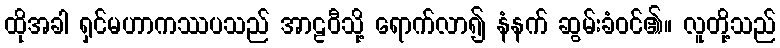
ထိုအခါ ရှင်မဟာကဿပသည် အာဠဝီသို့ ရောက်လာ၍ နံနက် ဆွမ်းခံဝင်၏။ လူတို့သည်